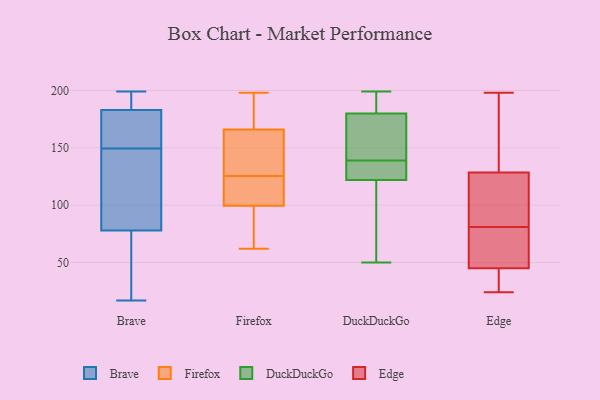
{"axis": {"x": "Customer Acquisition Cost (USD)", "y": "Value"}, "legend": ["Brave", "DuckDuckGo", "Edge", "Firefox"], "data": [{"x": "", "y": 199, "type": "Brave"}, {"x": "", "y": 52, "type": "Brave"}, {"x": "", "y": 88, "type": "Brave"}, {"x": "", "y": 45, "type": "Brave"}, {"x": "", "y": 147, "type": "Brave"}, {"x": "", "y": 183, "type": "Brave"}, {"x": "", "y": 198, "type": "Brave"}, {"x": "", "y": 199, "type": "Brave"}, {"x": "", "y": 17, "type": "Brave"}, {"x": "", "y": 73, "type": "Brave"}, {"x": "", "y": 115, "type": "Brave"}, {"x": "", "y": 78, "type": "Brave"}, {"x": "", "y": 193, "type": "Brave"}, {"x": "", "y": 161, "type": "Brave"}, {"x": "", "y": 167, "type": "Brave"}, {"x": "", "y": 152, "type": "Brave"}, {"x": "", "y": 171, "type": "Brave"}, {"x": "", "y": 125, "type": "Brave"}, {"x": "", "y": 156, "type": "Firefox"}, {"x": "", "y": 142, "type": "Firefox"}, {"x": "", "y": 119, "type": "Firefox"}, {"x": "", "y": 192, "type": "Firefox"}, {"x": "", "y": 129, "type": "Firefox"}, {"x": "", "y": 82, "type": "Firefox"}, {"x": "", "y": 176, "type": "Firefox"}, {"x": "", "y": 136, "type": "Firefox"}, {"x": "", "y": 118, "type": "Firefox"}, {"x": "", "y": 180, "type": "Firefox"}, {"x": "", "y": 198, "type": "Firefox"}, {"x": "", "y": 95, "type": "Firefox"}, {"x": "", "y": 73, "type": "Firefox"}, {"x": "", "y": 122, "type": "Firefox"}, {"x": "", "y": 104, "type": "Firefox"}, {"x": "", "y": 62, "type": "Firefox"}, {"x": "", "y": 139, "type": "DuckDuckGo"}, {"x": "", "y": 161, "type": "DuckDuckGo"}, {"x": "", "y": 179, "type": "DuckDuckGo"}, {"x": "", "y": 139, "type": "DuckDuckGo"}, {"x": "", "y": 194, "type": "DuckDuckGo"}, {"x": "", "y": 134, "type": "DuckDuckGo"}, {"x": "", "y": 152, "type": "DuckDuckGo"}, {"x": "", "y": 123, "type": "DuckDuckGo"}, {"x": "", "y": 50, "type": "DuckDuckGo"}, {"x": "", "y": 136, "type": "DuckDuckGo"}, {"x": "", "y": 181, "type": "DuckDuckGo"}, {"x": "", "y": 199, "type": "DuckDuckGo"}, {"x": "", "y": 88, "type": "DuckDuckGo"}, {"x": "", "y": 183, "type": "DuckDuckGo"}, {"x": "", "y": 121, "type": "DuckDuckGo"}, {"x": "", "y": 52, "type": "DuckDuckGo"}, {"x": "", "y": 198, "type": "Edge"}, {"x": "", "y": 75, "type": "Edge"}, {"x": "", "y": 87, "type": "Edge"}, {"x": "", "y": 41, "type": "Edge"}, {"x": "", "y": 131, "type": "Edge"}, {"x": "", "y": 99, "type": "Edge"}, {"x": "", "y": 71, "type": "Edge"}, {"x": "", "y": 26, "type": "Edge"}, {"x": "", "y": 49, "type": "Edge"}, {"x": "", "y": 155, "type": "Edge"}, {"x": "", "y": 24, "type": "Edge"}, {"x": "", "y": 126, "type": "Edge"}]}